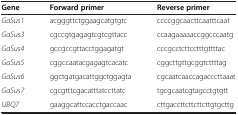
| Gene | Forward primer | Reverse primer |
 | --- | --- | --- |
 | GaSus1 | acgggttctggaagcatgtgtc | ccccggcaacttcaatttcaat |
 | GaSus3 | cgccgtgagagtcgtcgttacc | ccaagaaaaaccggcccaatg |
 | GaSus4 | gccgccgttacctggagatgt | cccgcctcttcctttgttttac |
 | GaSus5 | cggccaatacgagagtcacatc | cggcttgttgcggtcttttag |
 | GaSus6 | ggctgatgacattggctggagta | cgcaatcaaccagacccttaaat |
 | GaSus7 | cgcgtttcgacatttatccttatc | tgcgcaatcgtagcctgtgtt |
 | UBQ7 | gaaggcattccacctgaccaac | cttgaccttcttcttcttgtgcttg |